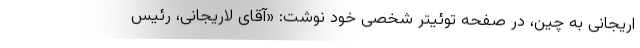
اریجانی به چین، در صفحه توئیتر شخصی خود نوشت: «آقای لاریجانی، رئیس